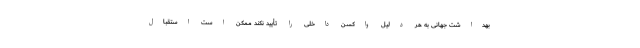
بهداشت جهانی به هر دلیل واکسن داخلی را تأیید نکند ممکن است استقبال